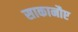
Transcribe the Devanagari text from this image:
साकानौए